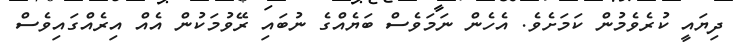
ދިޔައީ ކުރެވެމުން ކަމަށެވެ. އެހެން ނަމަވެސް ބަޔެއްގެ ނުބައި ރޭވުމަކުން އެއް އިރެއްގައިވެސް